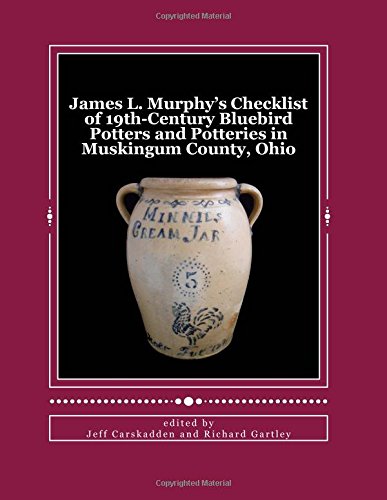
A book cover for James L. Murphy's Checklist of 19th-Century Bluebird Potters and Potteries in Muskingum County, Ohio; Jeff Carskadden; Crafts, Hobbies & Home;